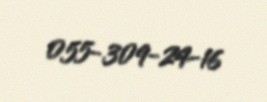
055-309-24-16